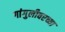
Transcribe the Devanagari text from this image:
गांगुलीवरच्या